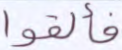
فألقوا